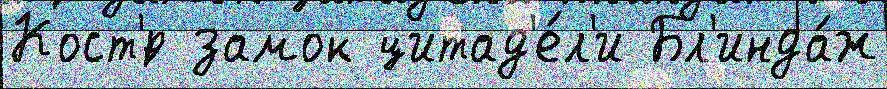
Кост'́р замок цитад'е́л'и Бл'инда́ж